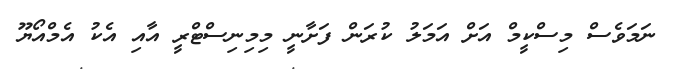
ނަމަވެސް މިސްކީމް އަށް އަމަލު ކުރަން ފަށާނީ މިމިނިސްޓްރީ އާއި އެކު އެމްއޯޔޫ